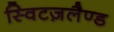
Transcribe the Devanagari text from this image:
स्विटज़लैण्ड